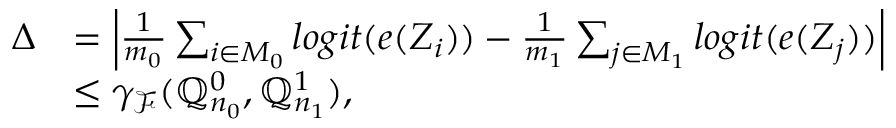
\begin{array} { r l } { \Delta } & { = \left| \frac { 1 } { m _ { 0 } } \sum _ { i \in M _ { 0 } } l o g i t ( e ( Z _ { i } ) ) - \frac { 1 } { m _ { 1 } } \sum _ { j \in M _ { 1 } } l o g i t ( e ( Z _ { j } ) ) \right| } \\ & { \leq \gamma _ { \mathcal { F } } ( \mathbb { Q } _ { n _ { 0 } } ^ { 0 } , \mathbb { Q } _ { n _ { 1 } } ^ { 1 } ) , } \end{array}